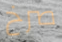
صرخ